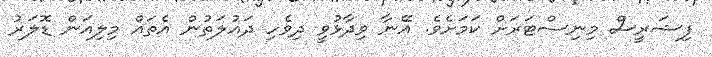
ފިޝަރީސް މިނިސްޓަރަށް ކަމަށެވެ. އޭނާ ވިދާޅުވީ ދިވެހި ދައުލަތުން އެތައް މިލިއަން ޑޮލަރު